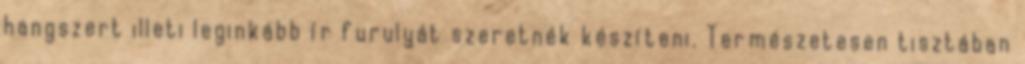
hangszert illeti leginkább ír furulyát szeretnék készíteni. Természetesen tisztában